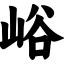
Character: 峪